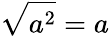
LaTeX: {\sqrt{a^{2}}}=a